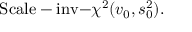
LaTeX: { \mathrm { S c a l e - i n v - } } \chi ^ { 2 } ( v _ { 0 } , s _ { 0 } ^ { 2 } ) .